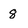
Character: 8